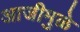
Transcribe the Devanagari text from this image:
आजीमुळे